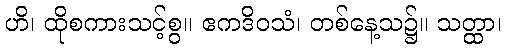
ဟိ၊ ထိုစကားသင့်စွ။ ဧကဒိဝသံ၊ တစ်နေ့သ၌။ သတ္ထာ၊